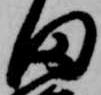
田